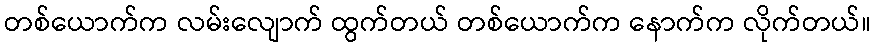
တစ်ယောက်က လမ်းလျောက် ထွက်တယ် တစ်ယောက်က နောက်က လိုက်တယ်။